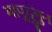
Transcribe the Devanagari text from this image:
मापुदुंगुन